Report of the Municipal Commissioner on the plague in Bombay for the year ending 31st May... - Volume 1
Disease focus: Plague
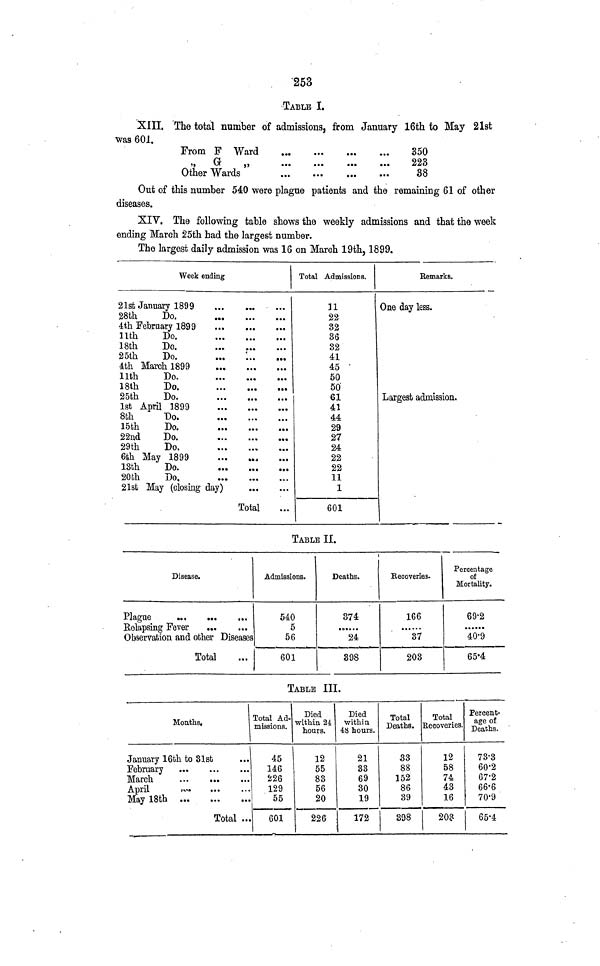
253
TABLE I.
XIII. The total number of admissions, from January 16th to May 21st
was 601.
From F Ward
„ G
„
Other Wards
350
223
38
Out of this number 540 were plague patients and the remaining 61 of other
diseases.
XIV. The following table shows the weekly admissions and that the week
ending March 25th had the largest number.
The largest daily admission was 16 on March 19th, 1899.
Week ending
21st January 1899
28th
Do.
4th February
1899
11th
Do.
18th
Do.
25th
Do.
4th March 1899
11th
Do.
18th
Do.
25th
Do.
1st April 1899
8th
Do.
15th
Do.
22nd
Do.
29th
Do.
6th May 1899
13th
Do.
20th
Do.
21st May (closing day)
Total
Total Admissions,
n
22
32
36
32
41
45
50
50
61
41
44
29
27
24
22
22
11
1
601
Remarks.
One day less.
Largest admission.
TABLE II.
Disease.
Plague
Relapsing Fever
Observation and other Diseases
Total
Admissions.
540
5
56
601
Deaths.
374
24
398
Recoveries.
166
37
203
Percentage
of
Mortality.
692
40·9
65·4
TABLE III.
Months.
January 16th to 31st
February
March
April
May
18th
Total
Total Ad-
missions.
45
146
226
129
55
601
Died
within 24
hours.
12
55
83
56
20
226
Died
within
48 hours.
21
33
69
30
19
172
Total
Deaths.
33
88
152
86
39
398
Total
Recoveries.
12
58
74
43
16
20?
Percent-
age of
Deaths.
73·3
60·2
67·2
66·6
70·9
65·4